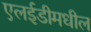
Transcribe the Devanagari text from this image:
एलईडीमधील